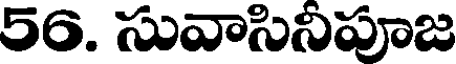
56. సువాసినిపూజ